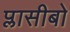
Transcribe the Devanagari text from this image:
प्लासीबो